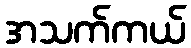
အသက်ကယ်